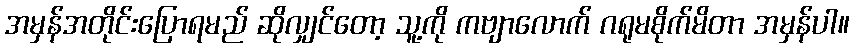
အမှန်အတိုင်းပြောရမည် ဆိုလျှင်တော့ သူ့ကို ကဗျာလောက် ဂရုမစိုက်မိတာ အမှန်ပါ။